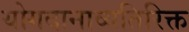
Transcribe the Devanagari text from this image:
योगदानाव्यतिरिक्त